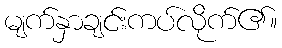
မျက်နှာချင်းကပ်လိုက်၏။